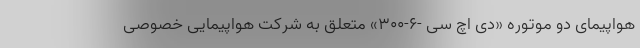
هواپیمای دو موتوره «دی اچ سی -۶-۳۰۰» متعلق به شرکت هواپیمایی خصوصی